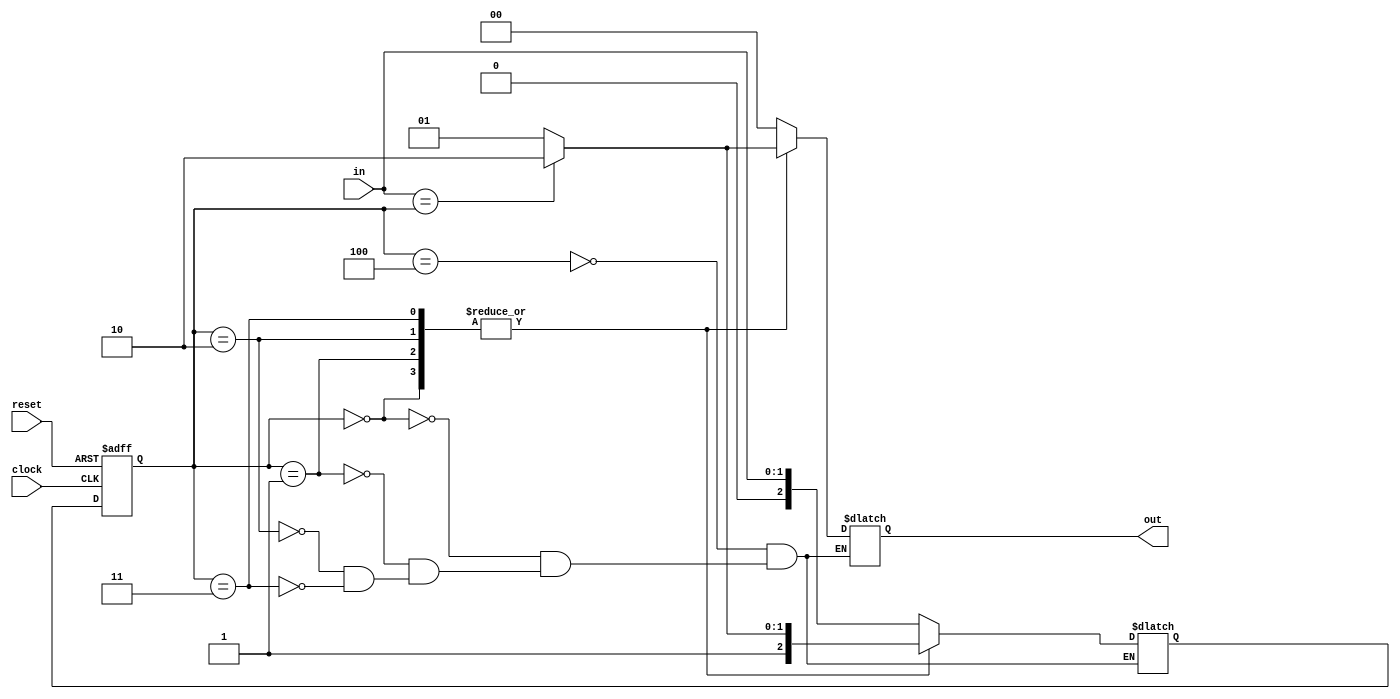
module simon1 (clock, reset, in, out);
// in:
// R 00
// G 01
// B 10
// Y 11


   	input wire [1:0] in;
	input wire clock;
	input wire reset;
	output reg [1:0] out;
	
	reg [2:0] state, next_state;
	
	localparam [2:0]
		R = 3'b000,
		G = 3'b001,
		B = 3'b010,
		Y = 3'b011,
		init = 3'b100,
		lose = 3'b101,
		win  = 3'b110;
	
	
	initial begin
		state <= init;
	end


	always @ (posedge clock, posedge reset)	begin
		
		if(reset)
			// change to initial state
			state <= init;

		else
			state <= next_state;
	
	end


	always @ (in, state) begin
		
		case (state)
			init: begin
				next_state <= in;
				out = 2'b00;
			end
			
			R: begin
				if (in == state) begin
					next_state <= win;
					out = 2'b10;
				end
				else begin 
					next_state <= lose;
					out = 2'b01;
				end
			end		

			G: begin
				if (in == state) begin
					next_state <= win;
					out = 2'b10;
				end
				else begin
					next_state <= lose;
					out = 2'b01;
				end
			end

			B: begin
				if (in == state) begin
					next_state <= win;
					out = 2'b10;
				end
				else  begin
					next_state <= lose;
					out = 2'b01;
				end
			end	
			
			Y: begin
				if (in == state) begin
					next_state <= win;
					out = 2'b10;
				end
				else begin 
					next_state <= lose;
					out = 2'b01;
				end
			end
			
			win: begin
			end		

			lose: begin
			end
		endcase

	end

// out:
// X 00
// 0 01
// 1 10
endmodule